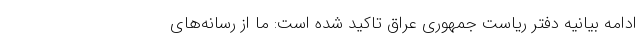
ادامه بیانیه دفتر ریاست جمهوری عراق تاکید شده است: ما از رسانه‌های